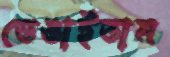
ভেঙাইতাম